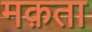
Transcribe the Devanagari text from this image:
मक़ता